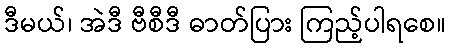
ဒီမယ်၊ အဲဒီ ဗီစီဒီ ဓာတ်ပြား ကြည့်ပါရစေ။